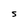
Character: S